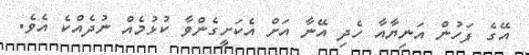
އޭގެ ފަހުން އަނިޔާއާ ހެދި އޭނާ އަށް އެކަށީގެންވާ ކުޅުމެއް ނުދެއްކެ އެވެ.